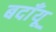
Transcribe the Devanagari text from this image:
बदाँयू